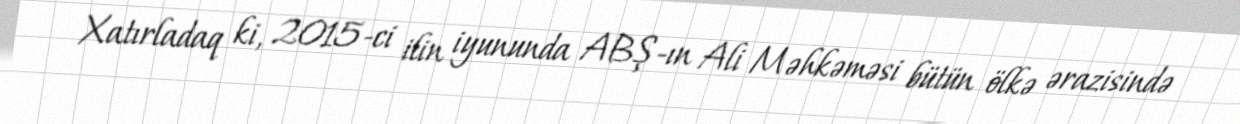
Xatırladaq ki, 2015-ci ilin iyununda ABŞ-ın Ali Məhkəməsi bütün ölkə ərazisində